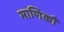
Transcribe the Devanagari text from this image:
माणिकौ